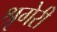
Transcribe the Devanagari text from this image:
श्रृगेरी